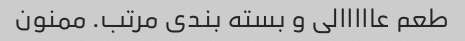
طعم عااااالی و بسته بندی مرتب. ممنون